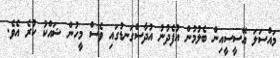
މައްސަލަ އޭސީސީއިން ބެލުމުން އުފެދުނު އުދާސްގަނޑުގައި ވެސް މީހުން ޝައްކު ކުރެ އެވެ.